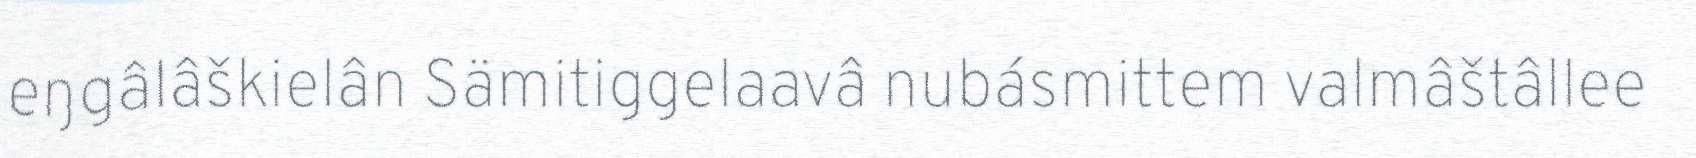
eŋgâlâškielân Sämitiggelaavâ nubásmittem valmâštâllee